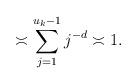
LaTeX: \begin{align*}\asymp \sum_{j=1}^{u_k-1} j^{-d} \asymp 1.\end{align*}